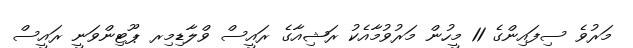
މަރުވެ ސިފައިންގެ 11 މީހުން މަރުވުމާއެކު ރަޝިއާގެ ރައީސް ވްލާޑިމިރ ޕޫޓިންވަނީ ރައީސް